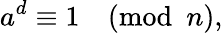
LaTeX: a^{d}\equiv 1{\pmod{n}},